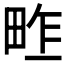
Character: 𤱴